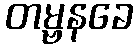
တမ္ဗနခေ